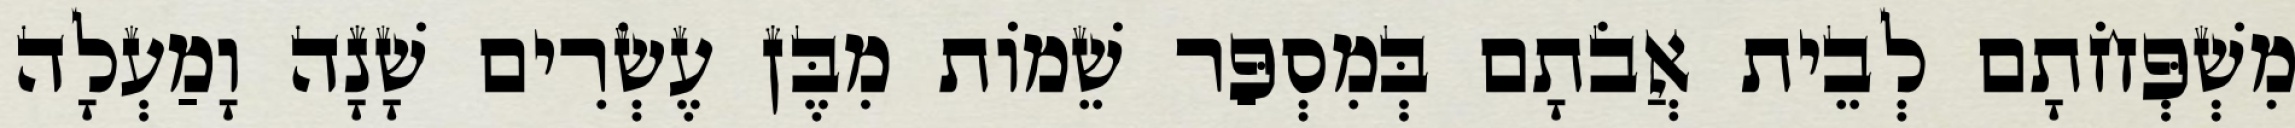
מִשְׁפְּחֹתָם לְבֵית אֲבֹתָם בְּמִסְפַּר שֵׁמוֹת מִבֶּן עֶשְׂרִים שָׁנָה וָמַעְלָה